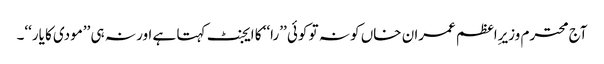
آج محترم وزیرِاعظم عمران خاں کو نہ تو کوئی ’’را‘‘ کا ایجنٹ کہتا ہے اور نہ ہی ’’مودی کا یار‘‘۔